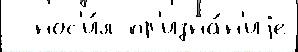
  нос'и́л пр'изна́н'иjе